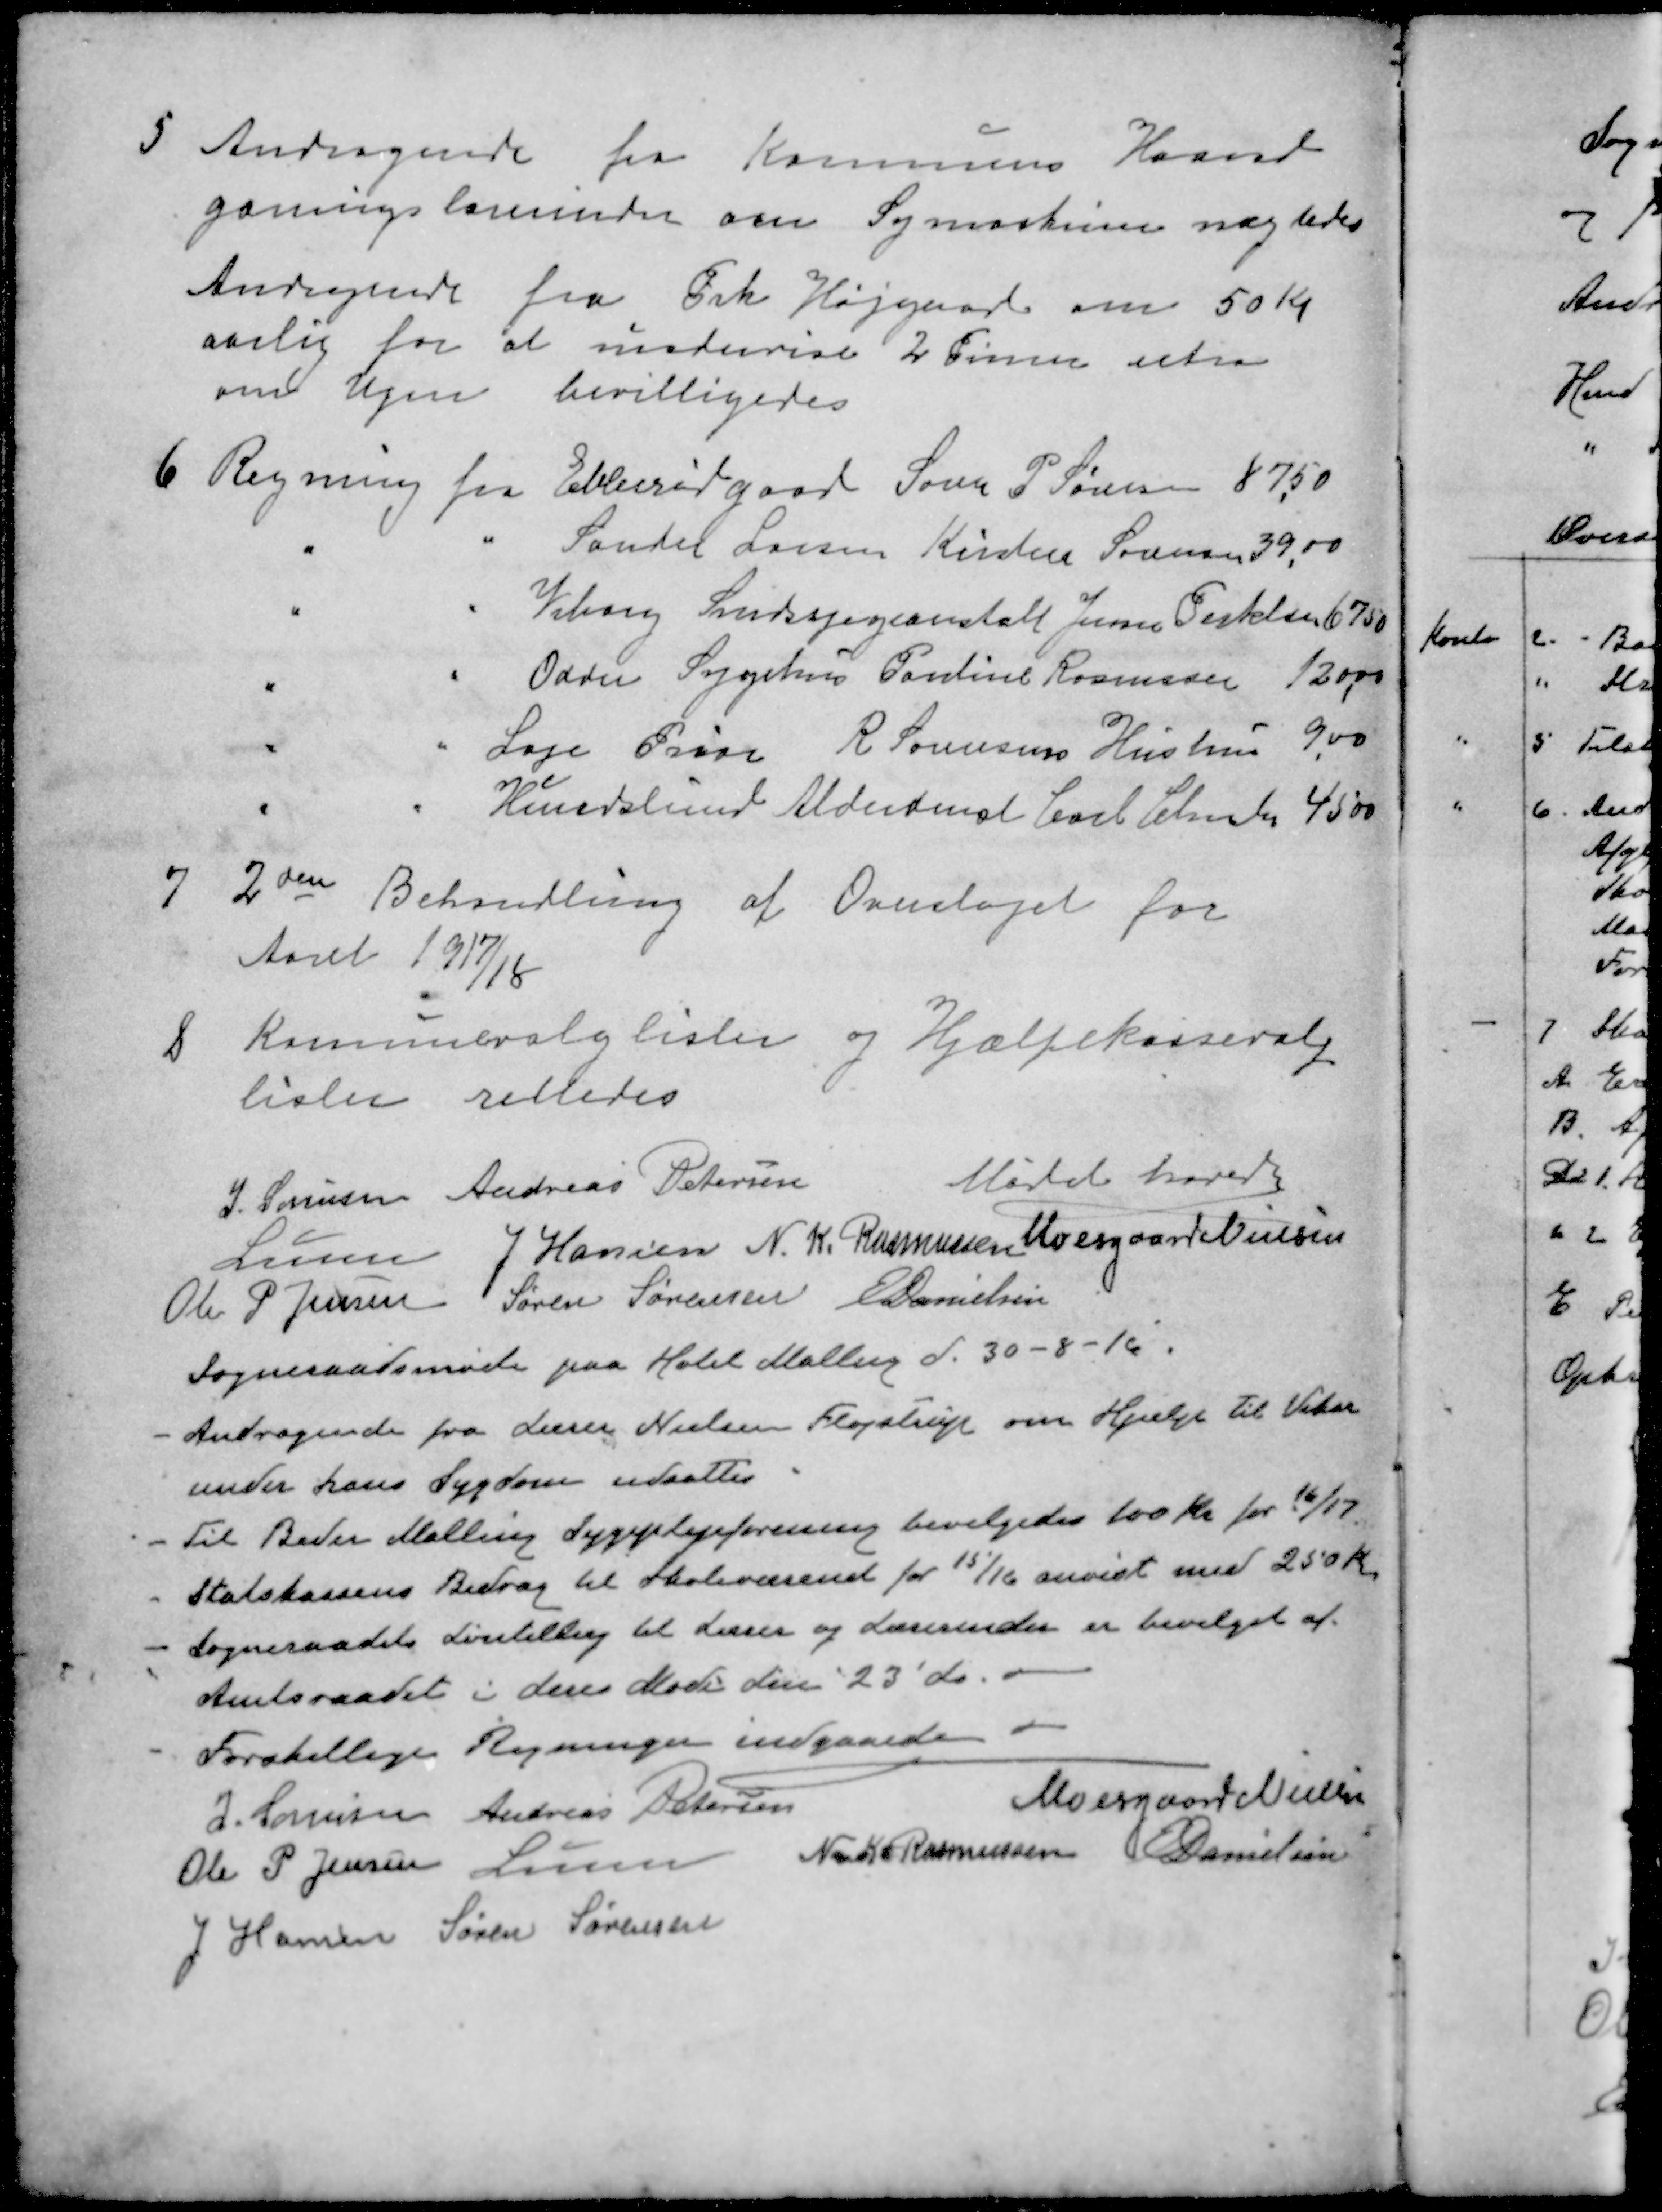
Transskription:
I Andragende fra Kommunens Haand
gærningslærerinder om Symaskine nægtedes 
Andragende fra Frk Højgaard om 50 Kr
aarlig for at undervise 2 Timer extra
om Ugen bevilligedes
6 Regning fra Ebberødgaard Søren P. Sørensen 87,50
" " Sander Larsen Kirsten Sørensen 39,00
" " Viborg Sindssygeanstalt Jens Terkelsen 6750
" " Odder Sygehus Pouline Rasmussen 120,00
" " Læge  R. Sørensens Hustrus 9,00
" " Hundslund Alderrente Carl Christensen
7 2den Behandling af Overslaget for
Aaret 1917/18
8 Kommuvalglister og Hjælpekassevalg
lister rettedes
Mødet hævet
J. Sørensen
Andreas Petersen
Lunn
J Hansen
N. K. Rasmussen
Moesgaard Nielsen
Ole P Jensen
Søren Sørensen
E Danielsen
Sogneraadsmøde paa Hotel Malling d. 30 - 8 -16
- Andragende fra Lærer Nielsen Fløjstrup om Hjælp til Vikar
under hans Sygdom udsattes
- Til Beder Malling Sygeplejeforening bevilgedes 100 Kr for 16/17
- Statskassens Bidrag til Skolevæsenet for 15/16 anvist med 250 kr.
- Sogneraadets Løntillæg til Lærer og Lærerinder er bevilget af
Amtsraadet i deres Møde den 23 ds.
- Forskellige Regninger indgaaede
J. Sørensen
Andreas Petersen
Moesgaard Nielsen
Ole P Jensen
Lunn
N K Rasmussen
E Danielsen
J Hansen
Søren Sørensen